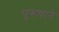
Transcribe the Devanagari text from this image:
पुरूषाने